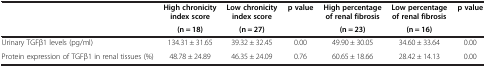
<table><thead><tr><td rowspan="2"></td><td><b>High chronicity index score</b></td><td><b>Low chronicity index score</b></td><td rowspan="2"><b>p value</b></td><td><b>High percentage of renal fibrosis</b></td><td><b>Low percentage of renal fibrosis</b></td><td rowspan="2"><b>p value</b></td></tr><tr><td><b>(n = 18)</b></td><td><b>(n = 27)</b></td><td><b>(n = 23)</b></td><td><b>(n = 16)</b></td></tr></thead><tbody><tr><td>Urinary TGFβ1 levels (pg/ml)</td><td>134.31 ± 31.65</td><td>39.32 ± 32.45</td><td>0.00</td><td>49.90 ± 30.05</td><td>34.60 ± 33.64</td><td>0.00</td></tr><tr><td>Protein expression of TGFβ1 in renal tissues (%)</td><td>48.78 ± 24.89</td><td>46.35 ± 24.09</td><td>0.76</td><td>60.65 ± 18.66</td><td>28.42 ± 14.13</td><td>0.00</td></tr></tbody></table>